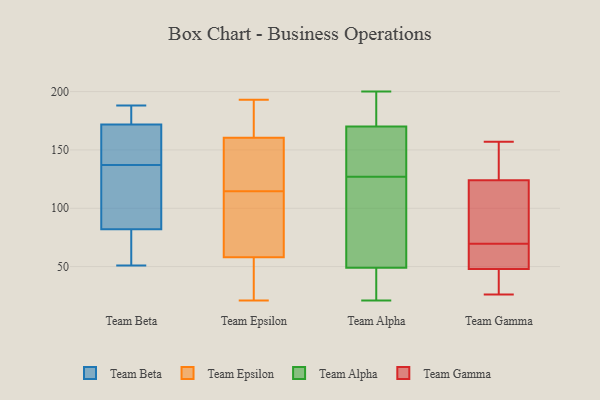
{"axis": {"x": "Operating Costs (USD K)", "y": "Value"}, "legend": ["Team Alpha", "Team Beta", "Team Epsilon", "Team Gamma"], "data": [{"x": "", "y": 82, "type": "Team Beta"}, {"x": "", "y": 176, "type": "Team Beta"}, {"x": "", "y": 92, "type": "Team Beta"}, {"x": "", "y": 137, "type": "Team Beta"}, {"x": "", "y": 51, "type": "Team Beta"}, {"x": "", "y": 182, "type": "Team Beta"}, {"x": "", "y": 76, "type": "Team Beta"}, {"x": "", "y": 82, "type": "Team Beta"}, {"x": "", "y": 159, "type": "Team Beta"}, {"x": "", "y": 142, "type": "Team Beta"}, {"x": "", "y": 188, "type": "Team Beta"}, {"x": "", "y": 138, "type": "Team Epsilon"}, {"x": "", "y": 116, "type": "Team Epsilon"}, {"x": "", "y": 113, "type": "Team Epsilon"}, {"x": "", "y": 184, "type": "Team Epsilon"}, {"x": "", "y": 133, "type": "Team Epsilon"}, {"x": "", "y": 21, "type": "Team Epsilon"}, {"x": "", "y": 163, "type": "Team Epsilon"}, {"x": "", "y": 103, "type": "Team Epsilon"}, {"x": "", "y": 58, "type": "Team Epsilon"}, {"x": "", "y": 80, "type": "Team Epsilon"}, {"x": "", "y": 154, "type": "Team Epsilon"}, {"x": "", "y": 184, "type": "Team Epsilon"}, {"x": "", "y": 98, "type": "Team Epsilon"}, {"x": "", "y": 58, "type": "Team Epsilon"}, {"x": "", "y": 39, "type": "Team Epsilon"}, {"x": "", "y": 39, "type": "Team Epsilon"}, {"x": "", "y": 158, "type": "Team Epsilon"}, {"x": "", "y": 32, "type": "Team Epsilon"}, {"x": "", "y": 167, "type": "Team Epsilon"}, {"x": "", "y": 193, "type": "Team Epsilon"}, {"x": "", "y": 171, "type": "Team Alpha"}, {"x": "", "y": 32, "type": "Team Alpha"}, {"x": "", "y": 49, "type": "Team Alpha"}, {"x": "", "y": 170, "type": "Team Alpha"}, {"x": "", "y": 42, "type": "Team Alpha"}, {"x": "", "y": 139, "type": "Team Alpha"}, {"x": "", "y": 156, "type": "Team Alpha"}, {"x": "", "y": 147, "type": "Team Alpha"}, {"x": "", "y": 51, "type": "Team Alpha"}, {"x": "", "y": 200, "type": "Team Alpha"}, {"x": "", "y": 84, "type": "Team Alpha"}, {"x": "", "y": 180, "type": "Team Alpha"}, {"x": "", "y": 21, "type": "Team Alpha"}, {"x": "", "y": 115, "type": "Team Alpha"}, {"x": "", "y": 157, "type": "Team Gamma"}, {"x": "", "y": 67, "type": "Team Gamma"}, {"x": "", "y": 26, "type": "Team Gamma"}, {"x": "", "y": 48, "type": "Team Gamma"}, {"x": "", "y": 72, "type": "Team Gamma"}, {"x": "", "y": 63, "type": "Team Gamma"}, {"x": "", "y": 124, "type": "Team Gamma"}, {"x": "", "y": 145, "type": "Team Gamma"}, {"x": "", "y": 46, "type": "Team Gamma"}, {"x": "", "y": 88, "type": "Team Gamma"}]}